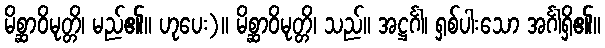
မိစ္ဆာဝိမုတ္တိ၊ မည်၏။ ဟုပေး)။ မိစ္ဆာဝိမုတ္တိ၊ သည်။ အဋ္ဌင်္ဂါ၊ ရှစ်ပါးသော အင်္ဂါရှိ၏။